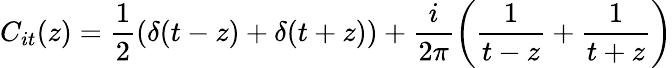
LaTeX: C_{it}(z)=\frac{1}{2}\left(\delta(t-z)+\delta(t+z)\right)+\frac{i}{2\pi}\left(\frac{1}{t-z}+\frac{1}{t+z}\right)